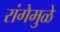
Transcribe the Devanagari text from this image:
रांगेमुळे